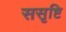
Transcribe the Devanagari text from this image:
ससृष्टि